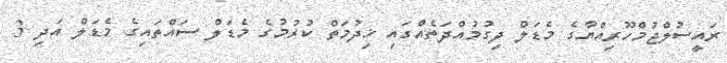
ރައީސުލްޖުމްހޫރިއްޔާގެ މެޑަލް ދިގުމުއްދަތެއްގައި ޚިދުމަތް ކުރުމުގެ މެޑަލް ސައްތައިގެ މެޑަލް އަދި 3